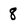
Character: 8